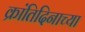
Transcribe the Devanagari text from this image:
क्रांतिदिनाच्या